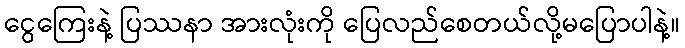
ငွေကြေးနဲ့ ပြဿနာ အားလုံးကို ပြေလည်စေတယ်လို့မပြောပါနဲ့။